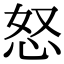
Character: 怒